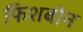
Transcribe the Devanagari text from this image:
फिशबोन